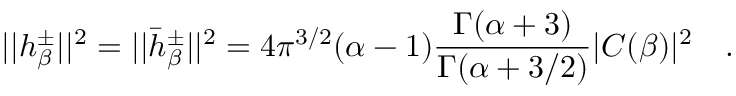
| | h _ { \beta } ^ { \pm } | | ^ { 2 } = | | \bar { h } _ { \beta } ^ { \pm } | | ^ { 2 } = 4 \pi ^ { 3 / 2 } ( \alpha - 1 ) { \frac { \Gamma ( \alpha + 3 ) } { \Gamma ( \alpha + 3 / 2 ) } } | C ( \beta ) | ^ { 2 } ~ ~ ~ .